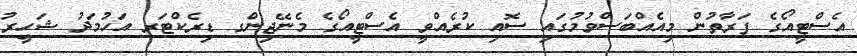
އެސްޓީއޯގެ ފަރާތުން މިއެއްބަސްވުމުގައި ސޮއި ކުރެއްވީ އެސްޓީއޯގެ މެނޭޖިންގ ޑިރެކްޓަރ އަހުމަދު ޝަހީރު